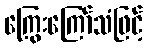
ကြွေးကြော်သံဖြင့်